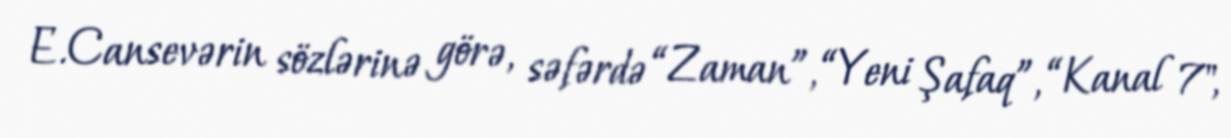
E.Cansevərin sözlərinə görə, səfərdə “Zaman”, “Yeni Şafaq”, “Kanal 7",